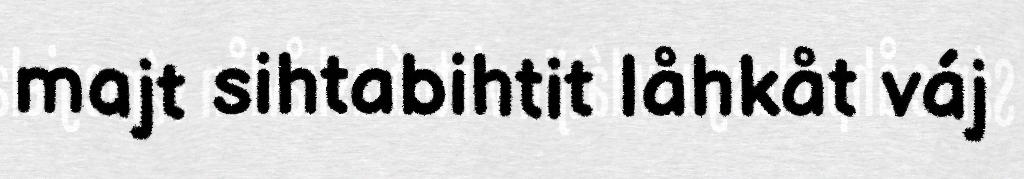
majt sihtabihtit låhkåt váj